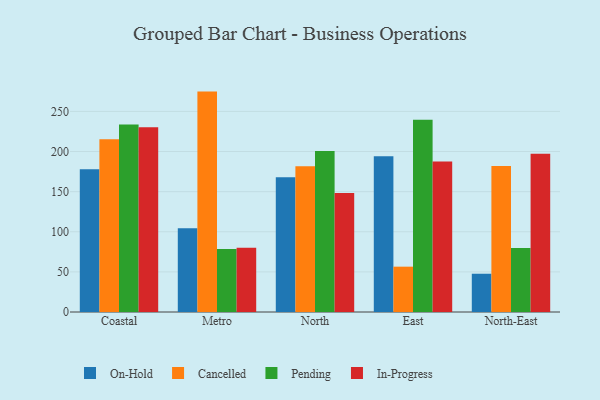
{"axis": {"x": "Region", "y": "Temperature (°C)"}, "legend": ["Cancelled", "In-Progress", "On-Hold", "Pending"], "data": [{"x": "Coastal", "y": 178.0, "type": "On-Hold"}, {"x": "Coastal", "y": 215.3, "type": "Cancelled"}, {"x": "Coastal", "y": 233.6, "type": "Pending"}, {"x": "Coastal", "y": 230.2, "type": "In-Progress"}, {"x": "Metro", "y": 104.3, "type": "On-Hold"}, {"x": "Metro", "y": 274.7, "type": "Cancelled"}, {"x": "Metro", "y": 78.6, "type": "Pending"}, {"x": "Metro", "y": 80.0, "type": "In-Progress"}, {"x": "North", "y": 168.0, "type": "On-Hold"}, {"x": "North", "y": 181.8, "type": "Cancelled"}, {"x": "North", "y": 200.6, "type": "Pending"}, {"x": "North", "y": 148.3, "type": "In-Progress"}, {"x": "East", "y": 194.2, "type": "On-Hold"}, {"x": "East", "y": 56.5, "type": "Cancelled"}, {"x": "East", "y": 239.6, "type": "Pending"}, {"x": "East", "y": 187.6, "type": "In-Progress"}, {"x": "North-East", "y": 47.7, "type": "On-Hold"}, {"x": "North-East", "y": 182.1, "type": "Cancelled"}, {"x": "North-East", "y": 79.7, "type": "Pending"}, {"x": "North-East", "y": 197.1, "type": "In-Progress"}]}